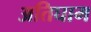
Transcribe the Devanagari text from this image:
अतिघाम